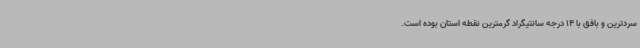
سردترین و بافق با 14 درجه سانتیگراد گرمترین نقطه استان بوده است.